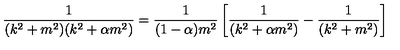
\frac { 1 } { ( k ^ { 2 } + m ^ { 2 } ) ( k ^ { 2 } + \alpha m ^ { 2 } ) } = \frac { 1 } { ( 1 - \alpha ) m ^ { 2 } } \left[ \frac { 1 } { ( k ^ { 2 } + \alpha m ^ { 2 } ) } - \frac { 1 } { ( k ^ { 2 } + m ^ { 2 } ) } \right]